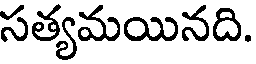
సత్యమయినది.